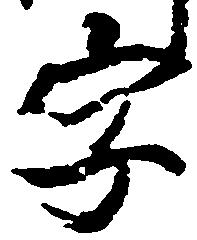
字